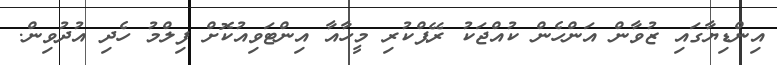
އިންޑިޔާގައި ޒުވާން އަންހެން ކުއްޖަކު ރޭޕްކުރި މީހާއާ އިންޓަވިއުކޮށް ފިލްމު ހެދި އުދުވިން.